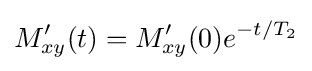
M_{xy}'(t)=M_{xy}'(0)e^{-t/T_{2}}